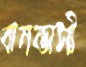
বানভাসী